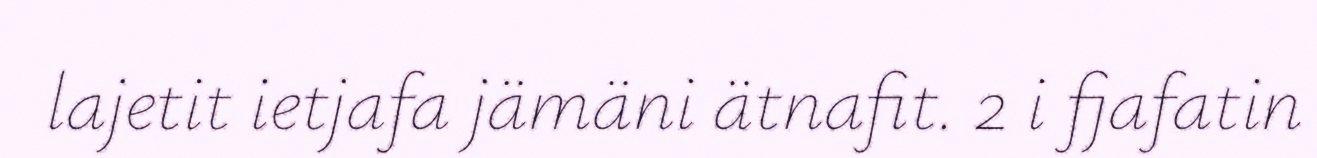
lajetit ietjafa jämäni ätnafit. 2 i fjafatin